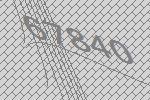
67840